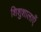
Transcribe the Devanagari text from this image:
शिशुशालाएँ